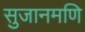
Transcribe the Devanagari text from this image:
सुजानमणि